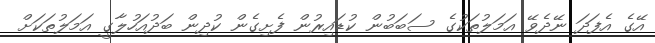
އޭގެ އެފަދަ ނޭދެވޭ އަމަލުތަކުގެ ސަބަބުން ކުޑައިރުން ފެށިގެން ކުދިން ބަދުއަހުލާގީ އަމަލުތަކަށް